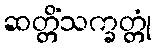
ဆတ္တိံသက္ခတ္တုံ